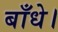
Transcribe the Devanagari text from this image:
बाँधे।